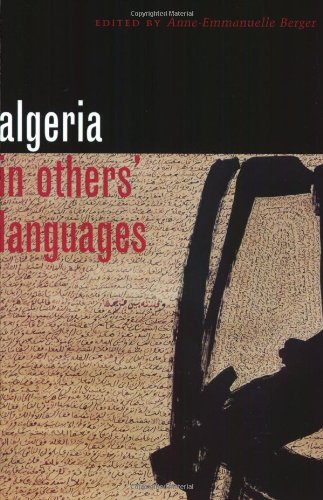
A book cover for Algeria in Others' Languages; History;